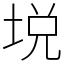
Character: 㙂